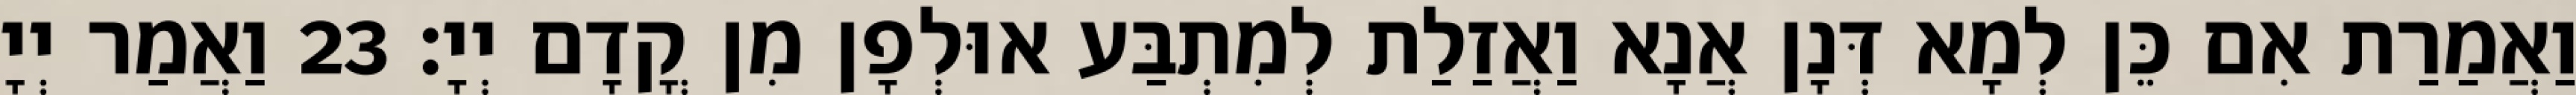
וַאֲמַרַת אִם כֵּן לְמָא דְּנָן אֲנָא וַאֲזַלַת לְמִתְבַּע אוּלְפָן מִן קֳדָם יְיָ׃ 23 וַאֲמַר יְיָ